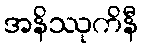
အနိဿုကိနီ